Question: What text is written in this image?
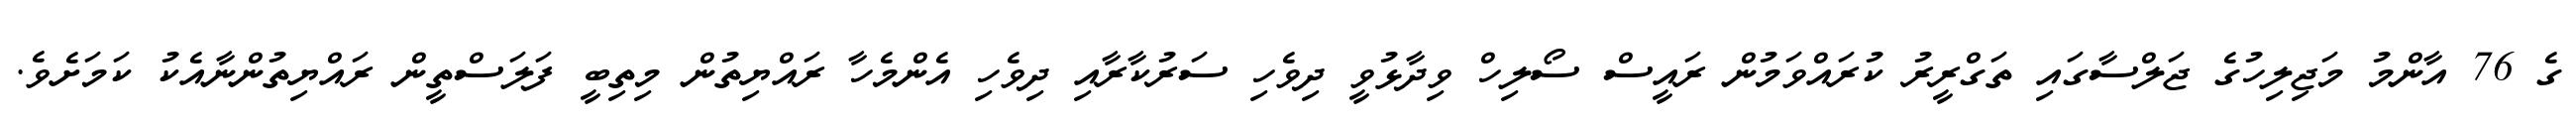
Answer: ގެ 76 އާންމު މަޖިލިހުގެ ޖަލްސާގައި ތަގްރީރު ކުރައްވަމުން ރައީސް ސޯލިހް ވިދާޅުވީ ދިވެހި ސަރުކާރާއި ދިވެހި އެންމެހާ ރައްޔިތުން މިތިބީ ފަލަސްތީން ރައްޔިތުންނާއެކު ކަމަށެވެ.